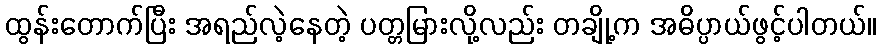
ထွန်းတောက်ပြီး အရည်လဲ့နေတဲ့ ပတ္တမြားလို့လည်း တချို့က အဓိပ္ပာယ်ဖွင့်ပါတယ်။